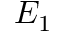
E _ { 1 }